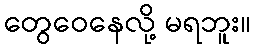
တွေဝေနေလို့ မရဘူး။